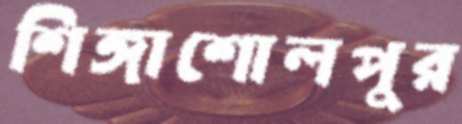
শিঙ্গাশোলপুর